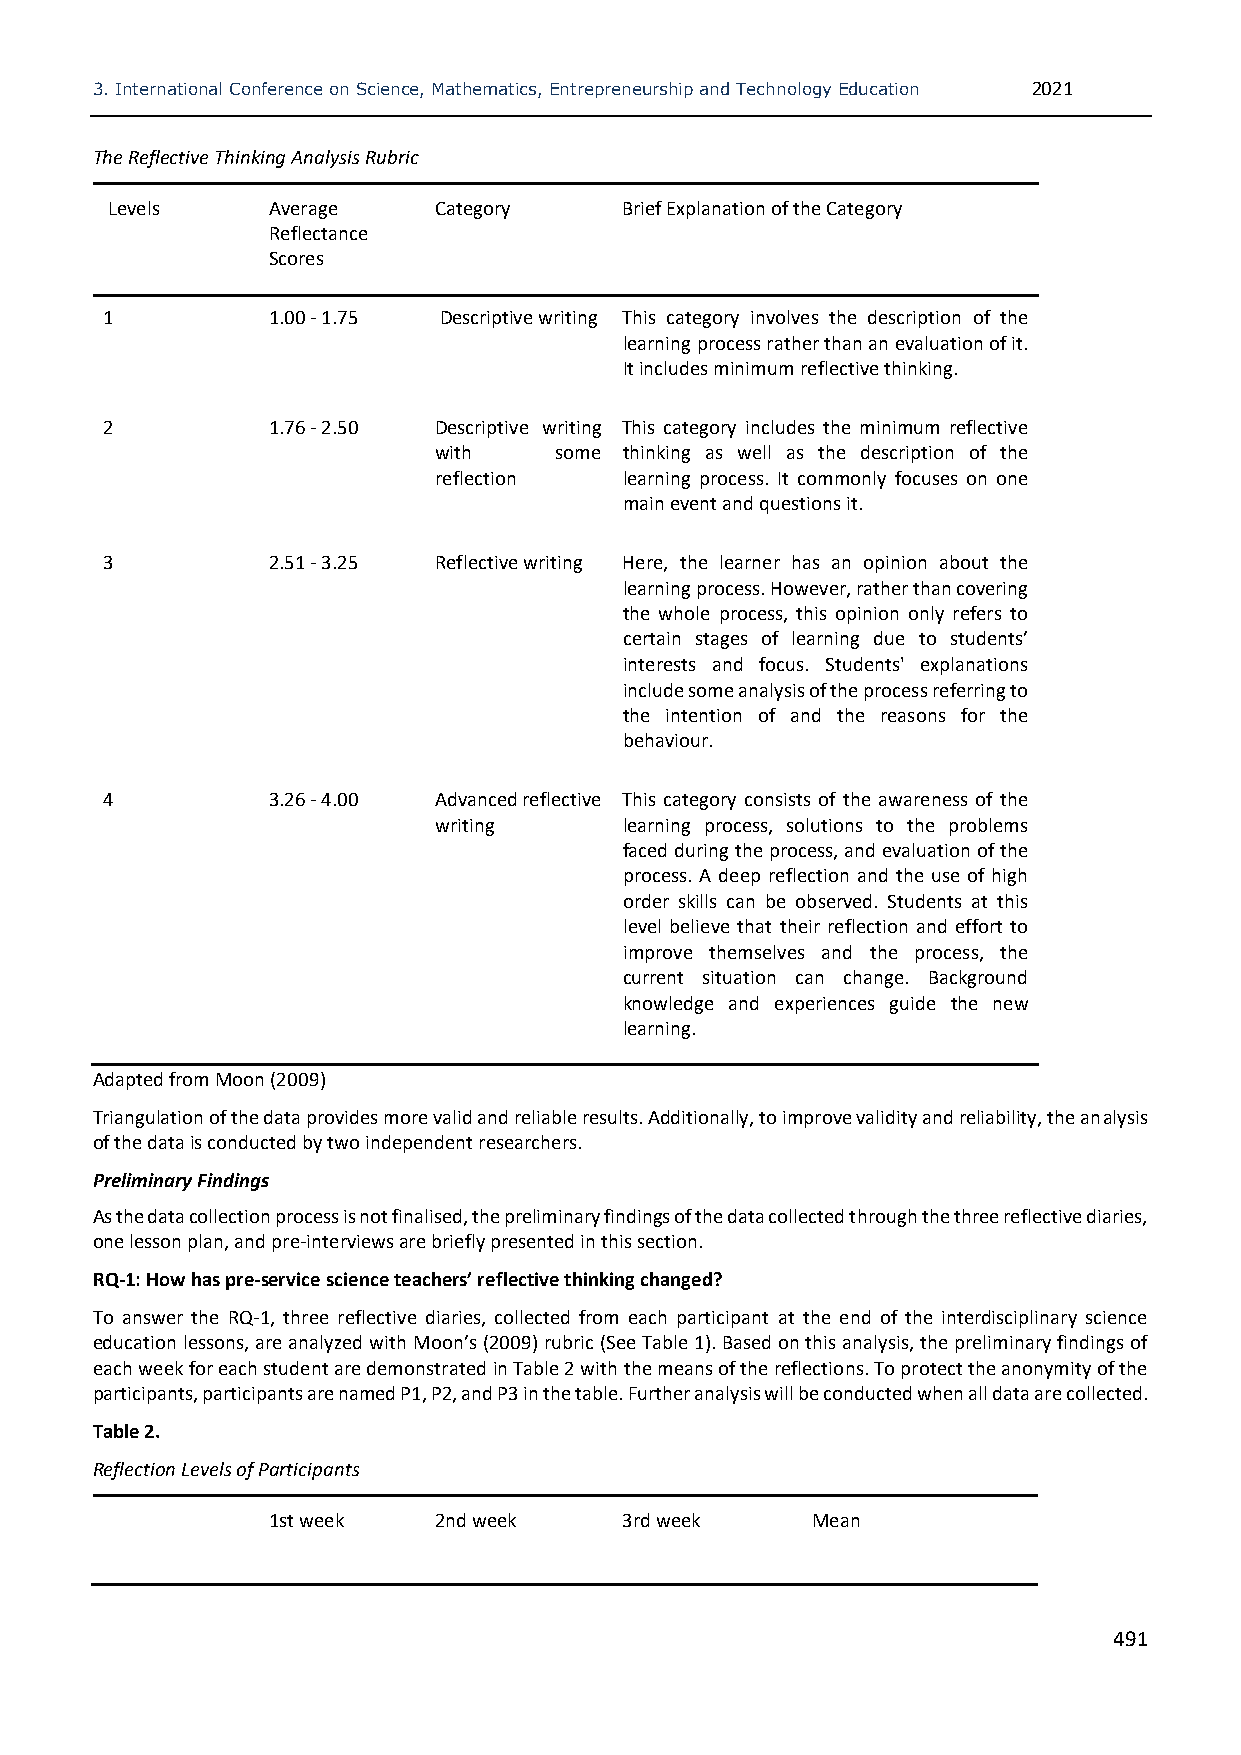
3. International Conference on Science, Mathematics, Entrepreneurship and Technology Education 2021
 The Reflective Thinking Analysis Rubric
 Levels     Average    Category    Brief Explanation of the Category
 Reflectance
 Scores
 1          1.00 - 1.75 Descriptive writing This category involves the description of the
 learning process rather than an evaluation of it.
 It includes minimum reflective thinking.
 2          1.76 - 2.50 Descriptive writing This category includes the minimum reflective
 with    some thinking as well as the description of the
 reflection  learning process. It commonly focuses on one
 main event and questions it.
 3          2.51 - 3.25 Reflective writing Here, the learner has an opinion about the
 learning process. However, rather than covering
 the whole process, this opinion only refers to
 certain stages of learning due to students’
 interests and focus. Students' explanations
 include some analysis of the process referring to
 the intention of and the reasons for the
 behaviour.
 4          3.26 - 4.00 Advanced reflective This category consists of the awareness of the
 writing     learning process, solutions to the problems
 faced during the process, and evaluation of the
 process. A deep reflection and the use of high
 order skills can be observed. Students at this
 level believe that their reflection and effort to
 improve themselves and the process, the
 current situation can change. Background
 knowledge and experiences guide the new
 learning.
 Adapted from Moon (2009)
 Triangulation of the data provides more valid and reliable results. Additionally, to improve validity and reliability, the analysis
 of the data is conducted by two independent researchers.
 Preliminary Findings
 As the data collection process is not finalised, the preliminary findings of the data collected through the three reflective diaries,
 one lesson plan, and pre-interviews are briefly presented in this section.
 RQ-1: How has pre-service science teachers’ reflective thinking changed?
 To answer the RQ-1, three reflective diaries, collected from each participant at the end of the interdisciplinary science
 education lessons, are analyzed with Moon’s (2009) rubric (See Table 1). Based on this analysis, the preliminary findings of
 each week for each student are demonstrated in Table 2 with the means of the reflections. To protect the anonymity of the
 participants, participants are named P1, P2, and P3 in the table. Further analysis will be conducted when all data are collected.
 Table 2.
 Reflection Levels of Participants
 1st week   2nd week    3rd week     Mean
 491